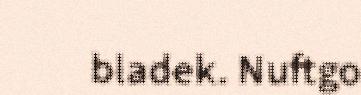
bladek. Nuftgo